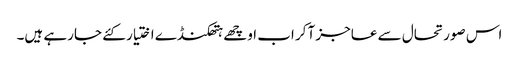
اس صورتحال سے عاجز آکر اب اوچھے ہتھکنڈے اختیار کئے جارہے ہیں۔